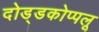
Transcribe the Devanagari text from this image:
दोड्डकोप्पलू